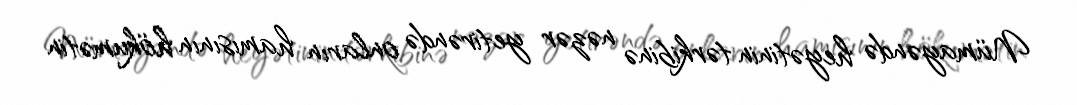
Nümayəndə heyətinin tərkibinə nəzər yetirəndə onların hamısının hökumətin